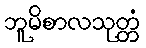
ဘူမိစာလသုတ္တံ